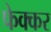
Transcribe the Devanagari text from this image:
फेक्कर